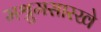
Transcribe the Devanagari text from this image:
मश्रुमसारखे